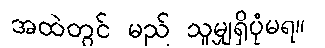
အထဲတွင် မည် သူမျှရှိပုံမရ။